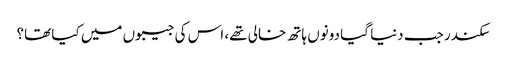
سکندر جب دنیا گیا دونوں ہاتھ خالی تھے، اس کی جیبوں میں کیا تھا؟